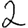
Digit: 2